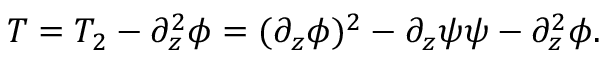
T = T _ { 2 } - \partial _ { z } ^ { 2 } \phi = ( \partial _ { z } \phi ) ^ { 2 } - \partial _ { z } \psi \psi - \partial _ { z } ^ { 2 } \phi .